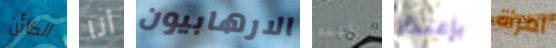
الكائن أنا الارهابيون يفهمه بإعتذار امرأة